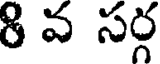
8 వ సర్గ